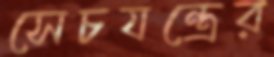
সেচযন্ত্রের